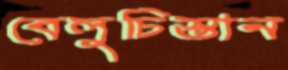
বেলুচিস্তান